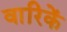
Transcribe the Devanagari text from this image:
वारिकें